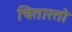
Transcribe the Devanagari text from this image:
चितारतो